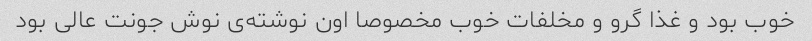
خوب بود و غذا گرو و مخلفات خوب مخصوصا اون نوشته‌ی نوش جونت عالی بود